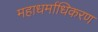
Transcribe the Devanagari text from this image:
महाधर्माधिकरण